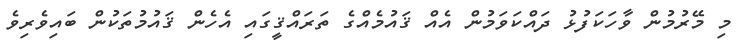
މި މޭރުމުން ވާހަކަފުޅު ދައްކަވަމުން އެއް ޤައުމެއްގެ ތަރައްޤީގައި އެހެން ޤައުމުތަކުން ބައިވެރިވެ